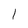
Character: 1